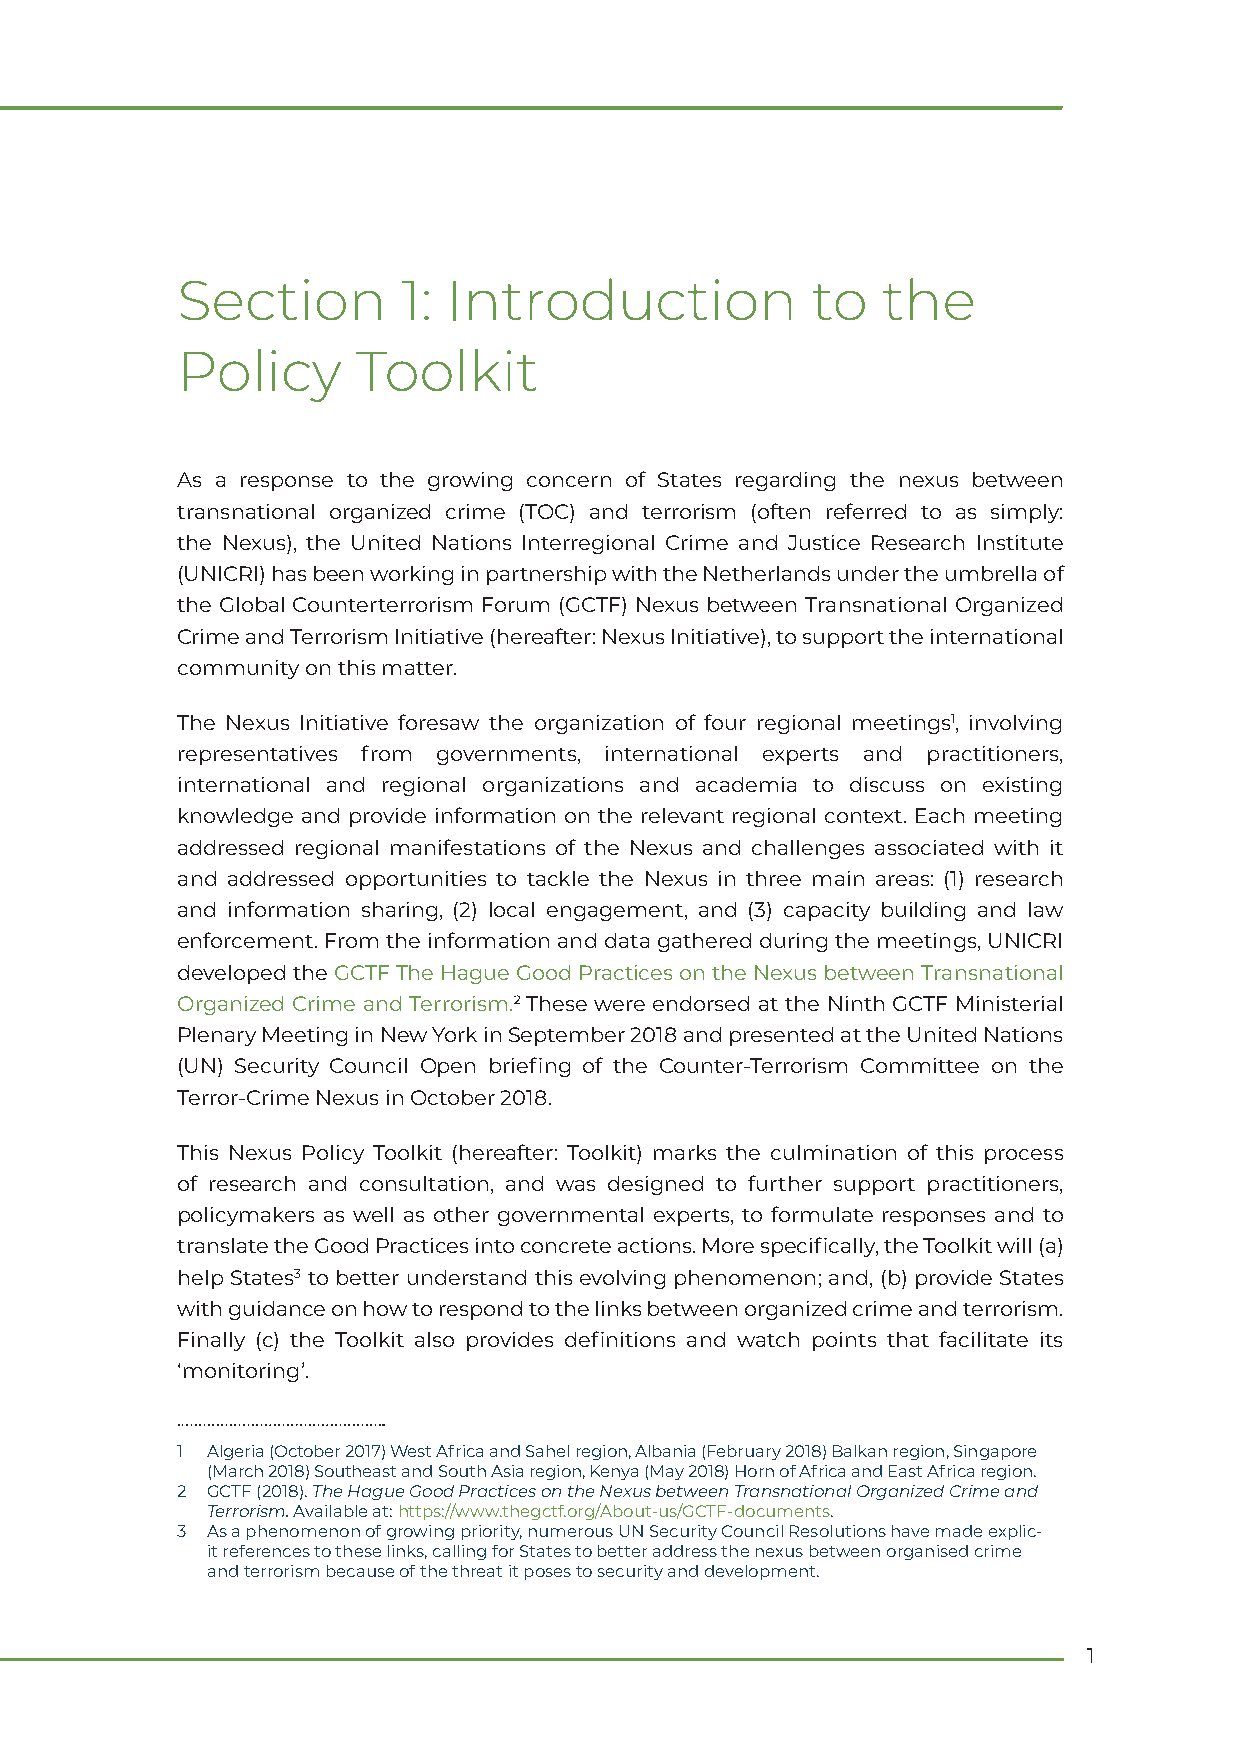
Section        1: Introduction            to  the
 Policy      Toolkit
 As a response to the growing concern of States regarding the nexus between
 transnational organized crime (TOC) and terrorism (often referred to as simply:
 the Nexus), the United Nations Interregional Crime and Justice Research Institute
 (UNICRI) has been working in partnership with the Netherlands under the umbrella of
 the Global Counterterrorism Forum (GCTF) Nexus between Transnational Organized
 Crime and Terrorism Initiative (hereafter: Nexus Initiative), to support the international
 community on this matter.
 The Nexus Initiative foresaw the organization of four regional meetings1, involving
 representatives from governments, international experts and practitioners,
 international and regional organizations and academia to discuss on existing
 knowledge and provide information on the relevant regional context. Each meeting
 addressed regional manifestations of the Nexus and challenges associated with it
 and addressed opportunities to tackle the Nexus in three main areas: (1) research
 and information sharing, (2) local engagement, and (3) capacity building and law
 enforcement. From the information and data gathered during the meetings, UNICRI
 developed the GCTF The Hague Good Practices on the Nexus between Transnational
 Organized Crime and Terrorism.2 These were endorsed at the Ninth GCTF Ministerial
 Plenary Meeting in New York in September 2018 and presented at the United Nations
 (UN) Security Council Open briefing of the Counter-Terrorism Committee on the
 Terror-Crime Nexus in October 2018.
 This Nexus Policy Toolkit (hereafter: Toolkit) marks the culmination of this process
 of research and consultation, and was designed to further support practitioners,
 policymakers as well as other governmental experts, to formulate responses and to
 translate the Good Practices into concrete actions. More specifically, the Toolkit will (a)
 help States3 to better understand this evolving phenomenon; and, (b) provide States
 with guidance on how to respond to the links between organized crime and terrorism.
 Finally (c) the Toolkit also provides definitions and watch points that facilitate its
 ‘monitoring’.
 1 Algeria (October 2017) West Africa and Sahel region, Albania (February 2018) Balkan region, Singapore
 (March 2018) Southeast and South Asia region, Kenya (May 2018) Horn of Africa and East Africa region.
 2 GCTF (2018). The Hague Good Practices on the Nexus between Transnational Organized Crime and
 Terrorism. Available at: https://www.thegctf.org/About-us/GCTF-documents.
 3 As a phenomenon of growing priority, numerous UN Security Council Resolutions have made explic-
 it references to these links, calling for States to better address the nexus between organised crime
 and terrorism because of the threat it poses to security and development.
 1